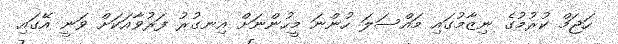
ހަޖަމް ކުރުމުގެ ނިޒާމުގައި މައްސަލަ ހުންނަ މީހުންނަށް އިނގުރު ފަރުވާއަކަށް ވަނީ އޭގައި